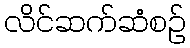
လိင်ဆက်ဆံစဉ်